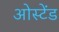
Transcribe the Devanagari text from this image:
ओस्टेंड